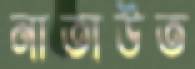
নাতাউত